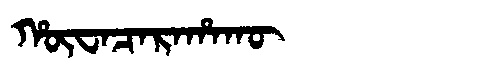
Manchu: ᡥᡡᠸᠠᠴᠠᡵᠠᡥᠠᡴᡡ
Romanization: HŪWACARAHAKŪ